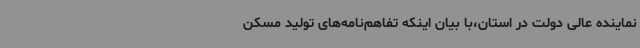
نماینده عالی دولت در استان،با بیان اینکه تفاهم‌نامه‌های تولید مسکن